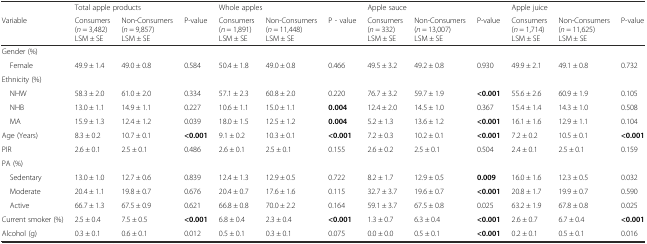
<table><thead><tr><td></td><td colspan="3"><b>Total apple products</b></td><td colspan="3"><b>Whole apples</b></td><td colspan="3"><b>Apple sauce</b></td><td colspan="3"><b>Apple juice</b></td></tr><tr><td><b>Variable</b></td><td><b>Consumers (<i>n</i> = 3,482) LSM ± SE</b></td><td><b>Non-Consumers (<i>n</i> = 9,857) LSM ± SE</b></td><td><b>P-value</b></td><td><b>Consumers (<i>n</i> = 1,891) LSM ± SE</b></td><td><b>Non-Consumers (<i>n</i> = 11,448) LSM ± SE</b></td><td><b>P - value</b></td><td><b>Consumers (<i>n</i> = 332) LSM ± SE</b></td><td><b>Non-Consumers (<i>n</i> = 13,007) LSM ± SE</b></td><td><b>P-value</b></td><td><b>Consumers (<i>n</i> = 1,714) LSM ± SE</b></td><td><b>Non-Consumers (<i>n</i> = 11,625) LSM ± SE</b></td><td><b>P-value</b></td></tr></thead><tbody><tr><td>Gender (%)</td><td></td><td></td><td></td><td></td><td></td><td></td><td></td><td></td><td></td><td></td><td></td><td></td></tr><tr><td> Female</td><td>49.9 ± 1.4</td><td>49.0 ± 0.8</td><td>0.584</td><td>50.4 ± 1.8</td><td>49.0 ± 0.8</td><td>0.466</td><td>49.5 ± 3.2</td><td>49.2 ± 0.8</td><td>0.930</td><td>49.9 ± 2.1</td><td>49.1 ± 0.8</td><td>0.732</td></tr><tr><td>Ethnicity (%)</td><td></td><td></td><td></td><td></td><td></td><td></td><td></td><td></td><td></td><td></td><td></td><td></td></tr><tr><td> NHW</td><td>58.3 ± 2.0</td><td>61.0 ± 2.0</td><td>0.334</td><td>57.1 ± 2.3</td><td>60.8 ± 2.0</td><td>0.220</td><td>76.7 ± 3.2</td><td>59.7 ± 1.9</td><td><b>&lt;0.001</b></td><td>55.6 ± 2.6</td><td>60.9 ± 1.9</td><td>0.105</td></tr><tr><td> NHB</td><td>13.0 ± 1.1</td><td>14.9 ± 1.1</td><td>0.227</td><td>10.6 ± 1.1</td><td>15.0 ± 1.1</td><td><b>0.004</b></td><td>12.4 ± 2.0</td><td>14.5 ± 1.0</td><td>0.367</td><td>15.4 ± 1.4</td><td>14.3 ± 1.0</td><td>0.508</td></tr><tr><td> MA</td><td>15.9 ± 1.3</td><td>12.4 ± 1.2</td><td>0.039</td><td>18.0 ± 1.5</td><td>12.5 ± 1.2</td><td><b>0.004</b></td><td>5.2 ± 1.3</td><td>13.6 ± 1.2</td><td><b>&lt;0.001</b></td><td>16.1 ± 1.6</td><td>12.9 ± 1.1</td><td>0.104</td></tr><tr><td>Age (Years)</td><td>8.3 ± 0.2</td><td>10.7 ± 0.1</td><td><b>&lt;0.001</b></td><td>9.1 ± 0.2</td><td>10.3 ± 0.1</td><td><b>&lt;0.001</b></td><td>7.2 ± 0.3</td><td>10.2 ± 0.1</td><td><b>&lt;0.001</b></td><td>7.2 ± 0.2</td><td>10.5 ± 0.1</td><td><b>&lt;0.001</b></td></tr><tr><td>PIR</td><td>2.6 ± 0.1</td><td>2.5 ± 0.1</td><td>0.486</td><td>2.6 ± 0.1</td><td>2.5 ± 0.1</td><td>0.155</td><td>2.6 ± 0.2</td><td>2.5 ± 0.1</td><td>0.504</td><td>2.4 ± 0.1</td><td>2.5 ± 0.1</td><td>0.159</td></tr><tr><td>PA (%)</td><td></td><td></td><td></td><td></td><td></td><td></td><td></td><td></td><td></td><td></td><td></td><td></td></tr><tr><td> Sedentary</td><td>13.0 ± 1.0</td><td>12.7 ± 0.6</td><td>0.839</td><td>12.4 ± 1.3</td><td>12.9 ± 0.5</td><td>0.722</td><td>8.2 ± 1.7</td><td>12.9 ± 0.5</td><td><b>0.009</b></td><td>16.0 ± 1.6</td><td>12.3 ± 0.5</td><td>0.032</td></tr><tr><td> Moderate</td><td>20.4 ± 1.1</td><td>19.8 ± 0.7</td><td>0.676</td><td>20.4 ± 0.7</td><td>17.6 ± 1.6</td><td>0.115</td><td>32.7 ± 3.7</td><td>19.6 ± 0.7</td><td><b>&lt;0.001</b></td><td>20.8 ± 1.7</td><td>19.9 ± 0.7</td><td>0.590</td></tr><tr><td> Active</td><td>66.7 ± 1.3</td><td>67.5 ± 0.9</td><td>0.621</td><td>66.8 ± 0.8</td><td>70.0 ± 2.2</td><td>0.164</td><td>59.1 ± 3.7</td><td>67.5 ± 0.8</td><td>0.025</td><td>63.2 ± 1.9</td><td>67.8 ± 0.8</td><td>0.025</td></tr><tr><td>Current smoker (%)</td><td>2.5 ± 0.4</td><td>7.5 ± 0.5</td><td><b>&lt;0.001</b></td><td>6.8 ± 0.4</td><td>2.3 ± 0.4</td><td><b>&lt;0.001</b></td><td>1.3 ± 0.7</td><td>6.3 ± 0.4</td><td><b>&lt;0.001</b></td><td>2.6 ± 0.7</td><td>6.7 ± 0.4</td><td><b>&lt;0.001</b></td></tr><tr><td>Alcohol (g)</td><td>0.3 ± 0.1</td><td>0.6 ± 0.1</td><td>0.012</td><td>0.5 ± 0.1</td><td>0.3 ± 0.1</td><td>0.075</td><td>0.0 ± 0.0</td><td>0.5 ± 0.1</td><td><b>&lt;0.001</b></td><td>0.2 ± 0.1</td><td>0.5 ± 0.1</td><td>0.016</td></tr></tbody></table>